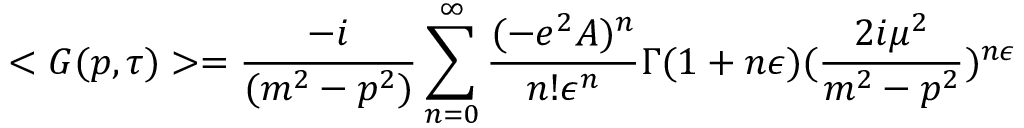
< G ( p , \tau ) > = \frac { - i } { ( m ^ { 2 } - p ^ { 2 } ) } \sum _ { n = 0 } ^ { \infty } \frac { ( - e ^ { 2 } A ) ^ { n } } { n ! \epsilon ^ { n } } \Gamma ( 1 + n \epsilon ) ( \frac { 2 i \mu ^ { 2 } } { m ^ { 2 } - p ^ { 2 } } ) ^ { n \epsilon }